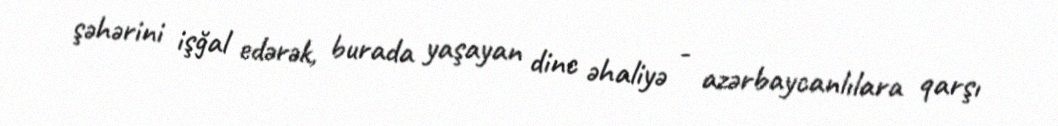
şəhərini işğal edərək, burada yaşayan dinc əhaliyə - azərbaycanlılara qarşı